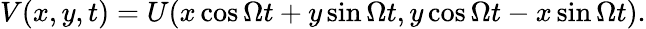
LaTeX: V(x,y,t)=U(x\cos\Omega t+y\sin\Omega t,y\cos\Omega t-x\sin\Omega t).